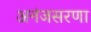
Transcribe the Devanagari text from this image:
अनंजसरणा